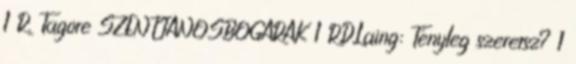
1 R. Tagore SZENTJÁNOSBOGARAK 1 R.D.Laing: Tényleg szeretsz? 1